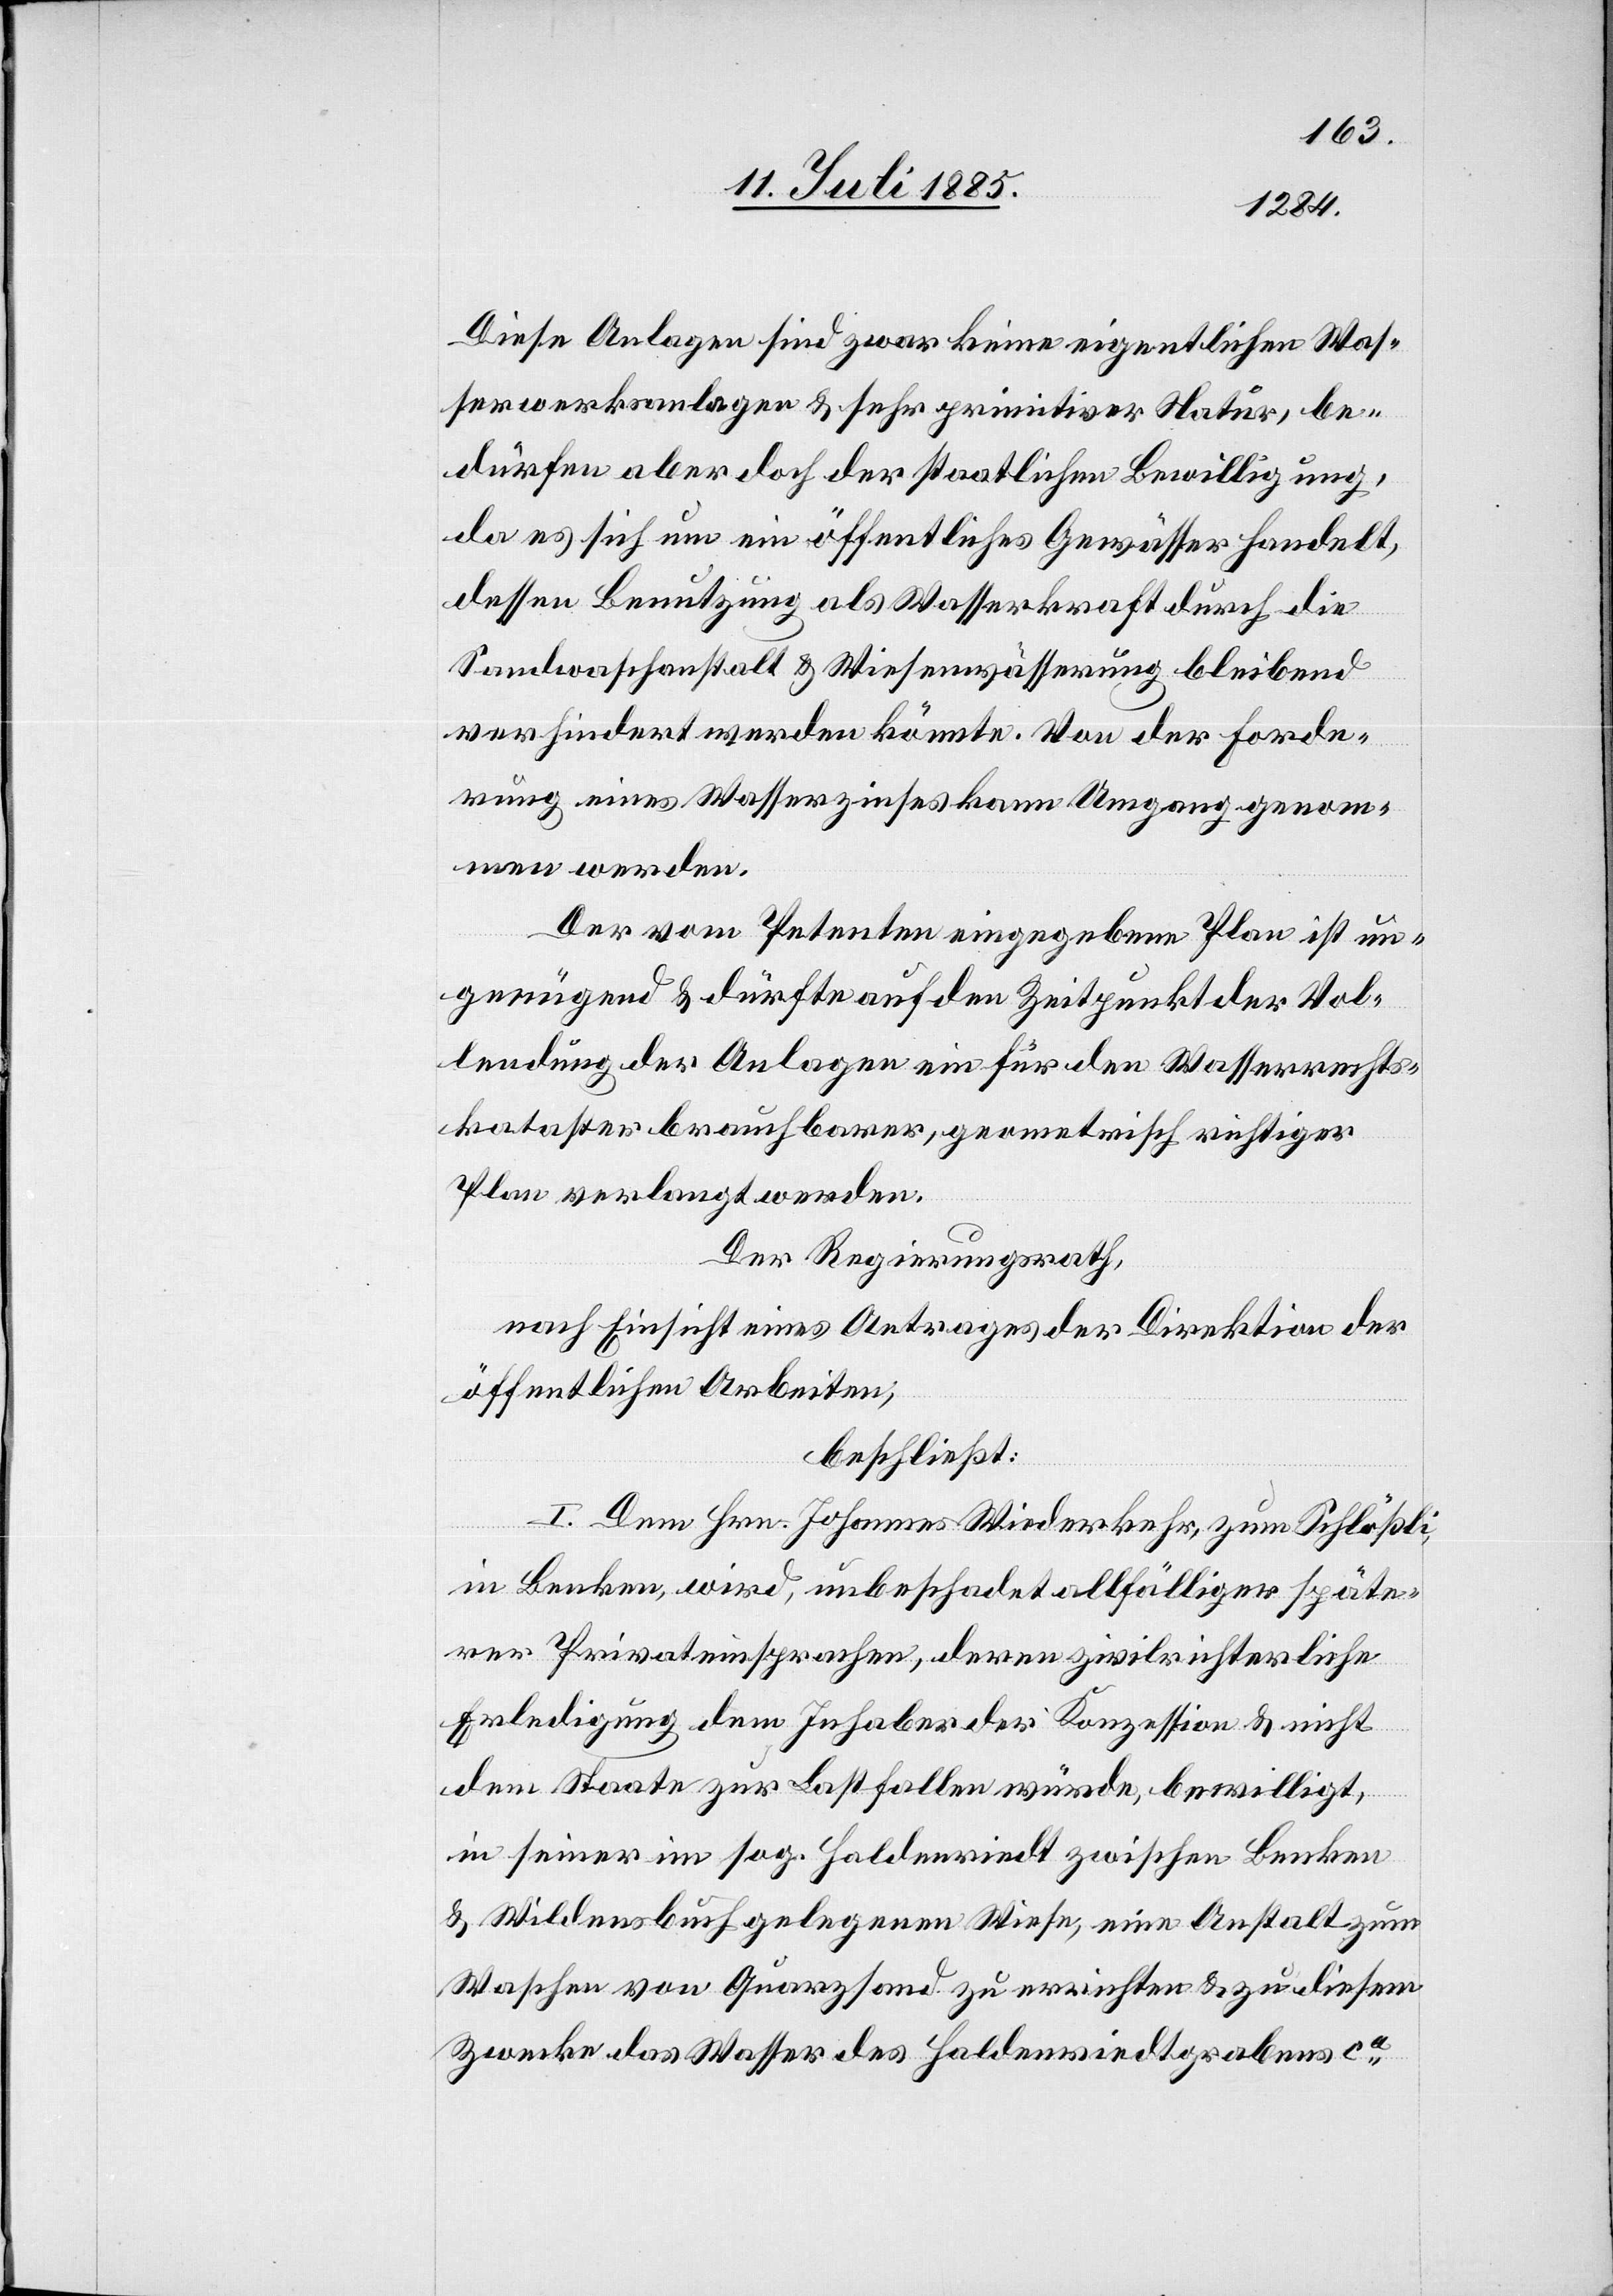
Diese Anlagen sind zwar keine eigentlichen Was¬
serwerksanlagen & sehr primitiver Natur, be¬
dürfen aber doch der staatlichen Bewilligung,
da es sich um ein öffentliches Gewässer handelt,
dessen Benutzung als Wasserkraft durch die
Sandwaschanstalt & Wiesenwässerung bleibend
verhindert werden könnte. Von der Forde¬
rung eines Wasserzinses kann Umgang genom¬
men werden.
Der vom Petenten eingegebene Plan ist un¬
genügend & dürfte auf den Zeitpunkt der Vol¬
lendung der Anlagen ein für den Wasserrechts¬
kataster brauchbarer, geometrisch richtiger
Plan verlangt werden.
Der Regierungsrath,
nach Einsicht eines Antrages der Direktion der
öffentlichen Arbeiten,
beschließt:
I. Dem Hrn. Johannes Wiederkehr, zum Schlößli,
in Benken, wird, unbeschadet allfälliger späte¬
rer Privateinsprachen, deren zivilrechtliche
Erledigung dem Inhaber der Konzession & nicht
dem Staate zur Last fallen würde, bewilligt,
in seiner im sog. Haldenriedt zwischen Benken
& Wildensbuch gelegenen Wiese, eine Anstalt zum
Waschen von Quarzsand zu errichten & zu diesem
Zwecke das Wasser des Haldenriedtgrabens ca